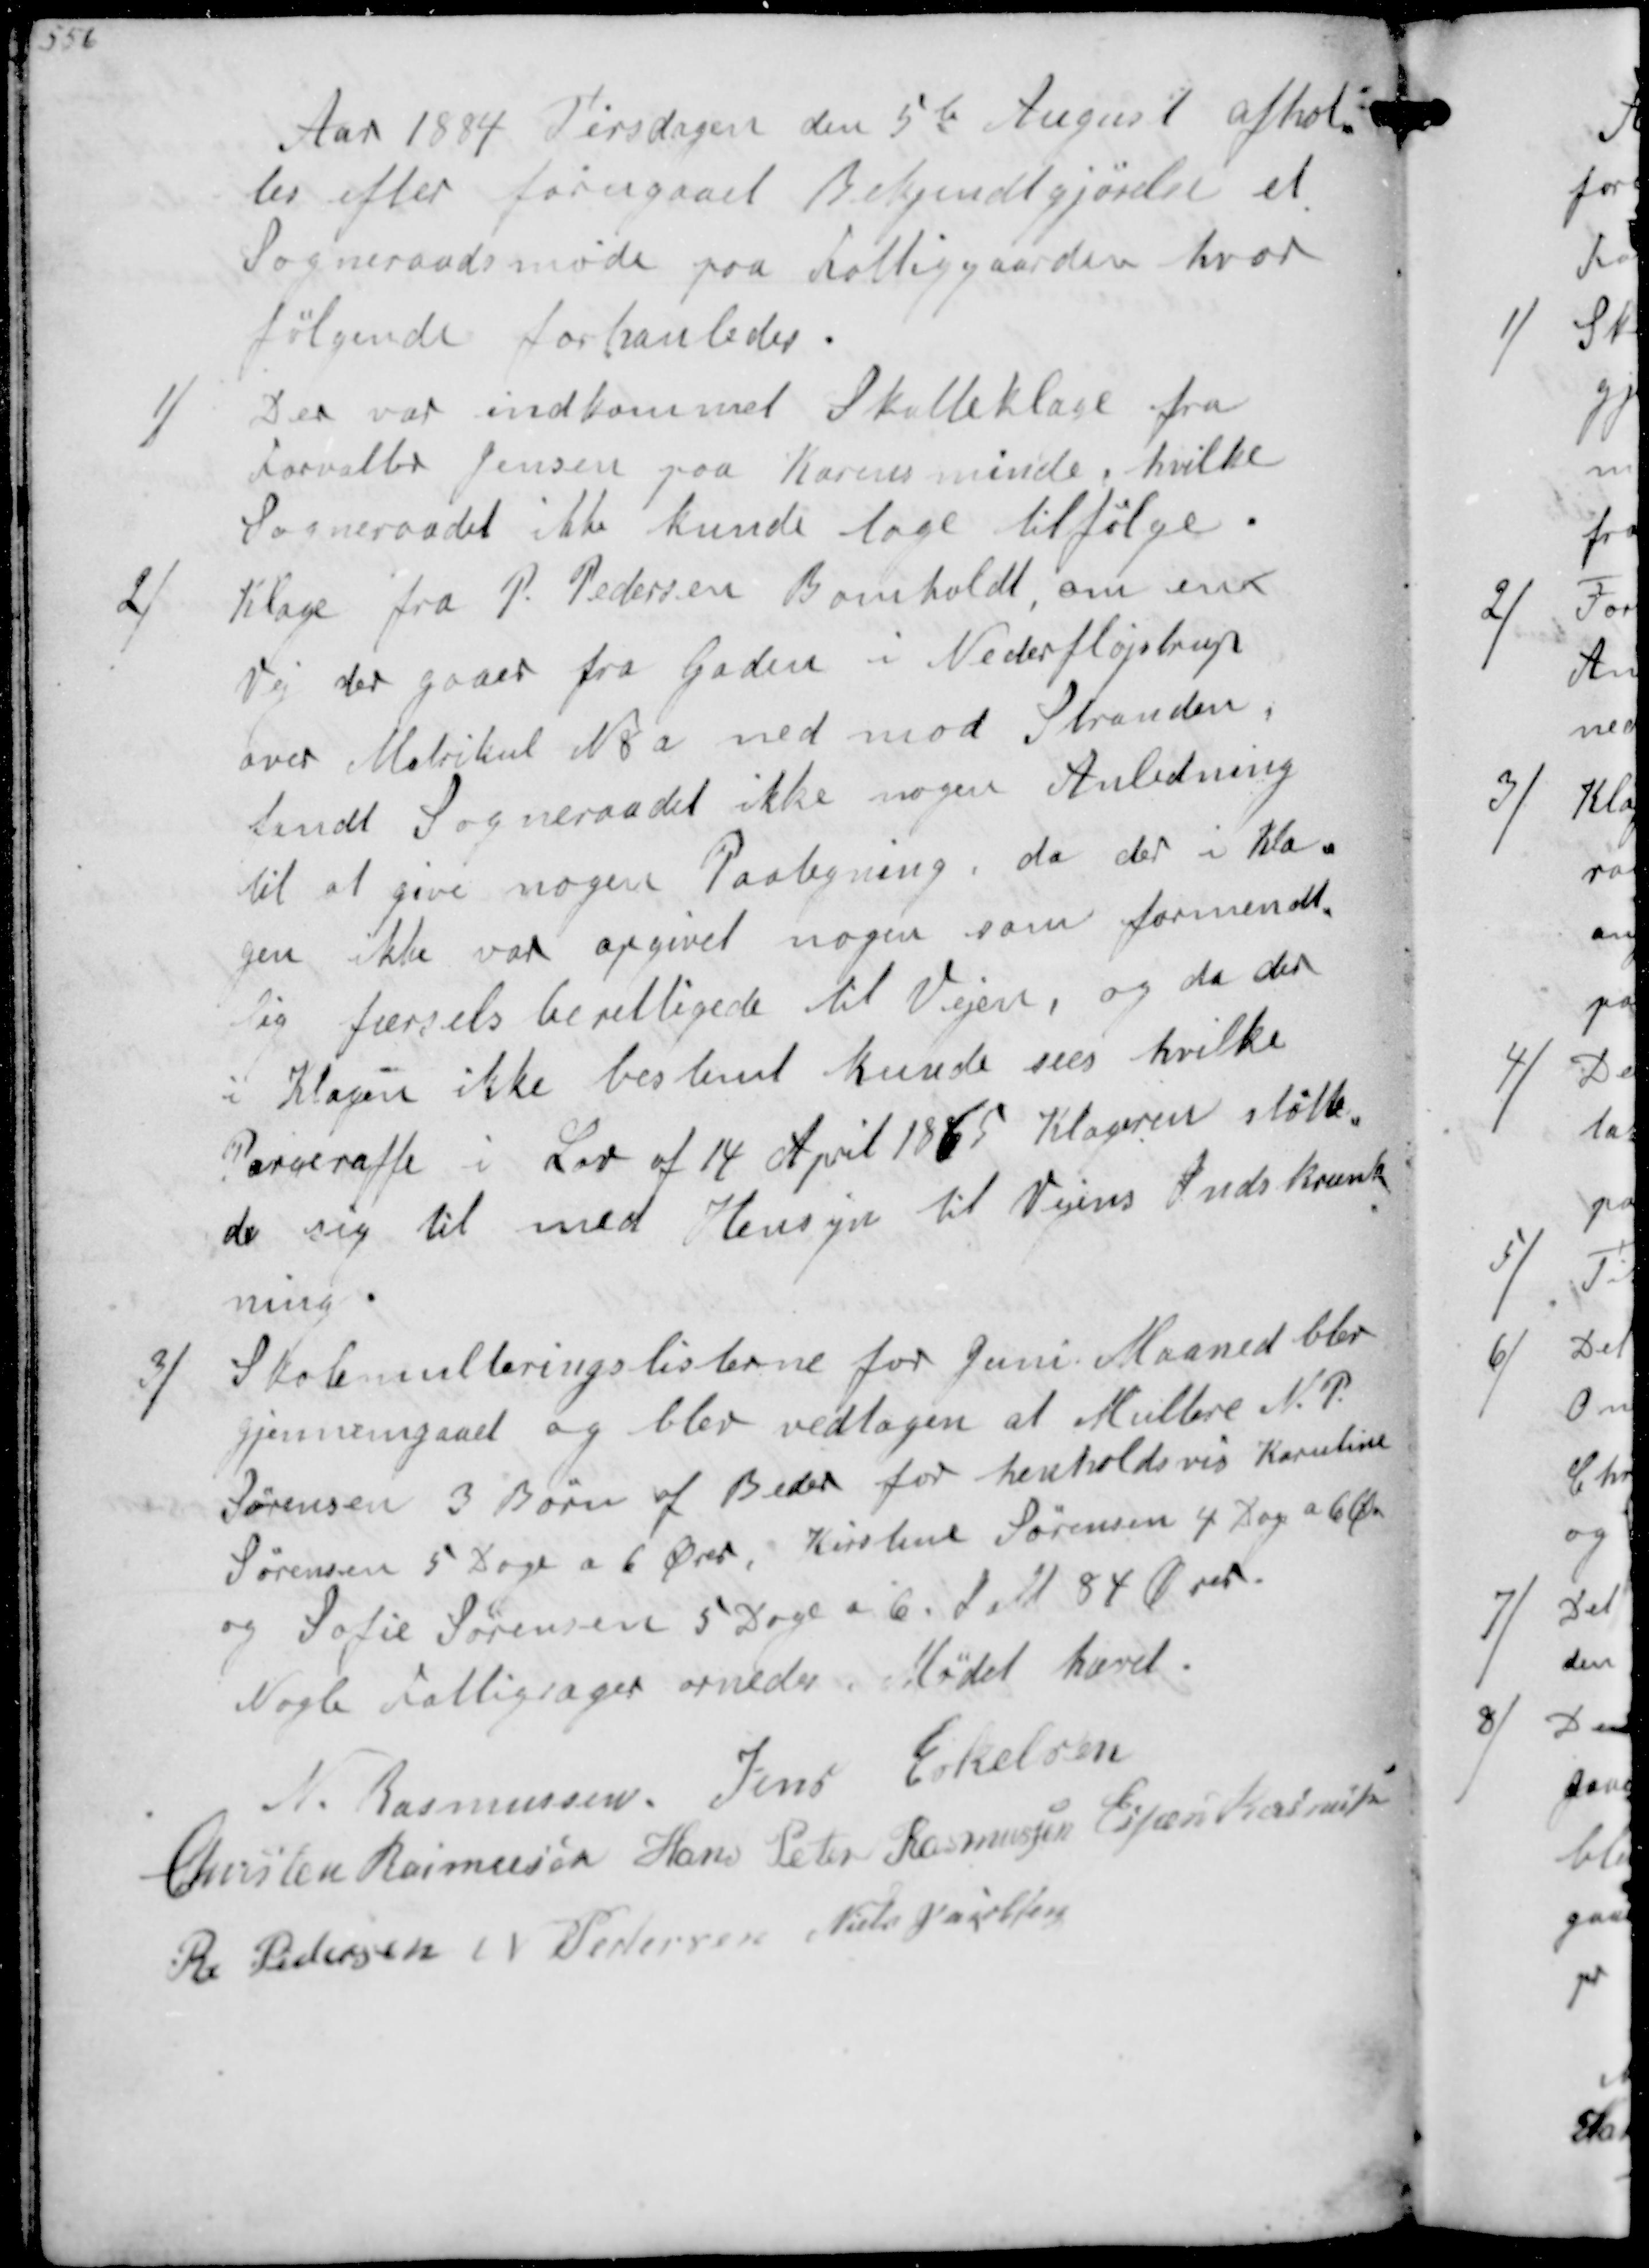
Transskription:
Aar 1884 Tirsdagen den 5te August afhol-
tes efter forugaaet Bekjendtgjørelse et
Sogneraadsmøde paa Fattiggaarden hvor 
følgende forhanledes
1/
Der var indkommet Skatteklage fra
Forvalter Jensen paa Karensminde, hvilke
Sogneraadet ikke kunde tage til følge
2/
Klage fra P Pedersen Bomholdt om en
Vej der gaaer fra Gaden i Nederfløjstrup
over Matrikel N 8a ned mod Stranden,
fandt Sogneraadet ikke nogen Anledning
til at give nogen Paategning da der i Kla-
gen ikke var angivet nogen som formendt-
lig færdsels berettigede til Vejen, og da der
i Klagen ikke bestemt kunde sees hvilke
Pargeraffe i Lov af 14 April 1865 Klageren Støtte-
de sig til med Hensyn til Vejens Indskrænk-
ning.
3/
Skolemulteringslisterne for Juni Maaned blev
gjennemgaaet og blev vedtagen at Multere N P 
Sørensen 3 Børn af Beder for henholdsvis Karstine
Sørensen 5 Dage a 6 Ører, Kirstine Sørensen 4 Dage a 6 Øre
og Sofie Sørensen 5 Dage a 6. Ialt 84 Ører
Nogle Fattigsager ornedes. Mødet hævet
N Rasmussen
Jens Eskelsen
Chresten Rasmussen
Hans Peter Rasmussen
Espen Rasmussen
R Pedersen
N Pedersen
Niels Jacobsen